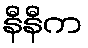
နီနီက